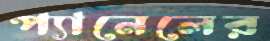
প্যানেলের